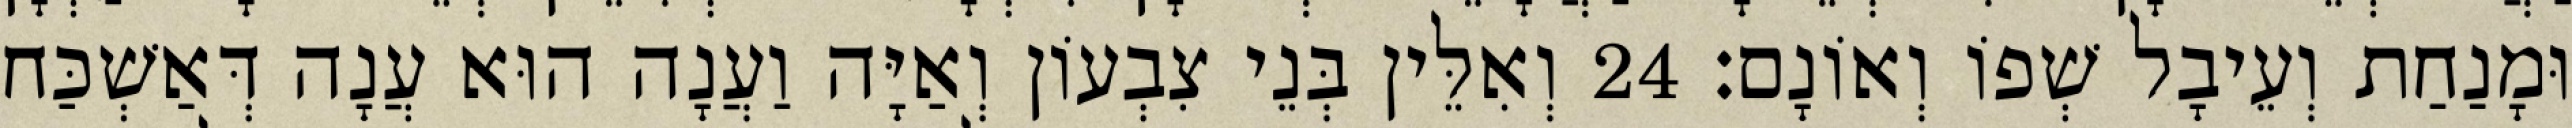
וּמָנַחַת וְעֵיבָל שְׁפוֹ וְאוֹנָם׃ 24 וְאִלֵּין בְּנֵי צִבְעוֹן וְאַיָּה וַעֲנָה הוּא עֲנָה דְּאַשְׁכַּח